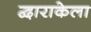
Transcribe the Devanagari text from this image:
द्वाराकेला